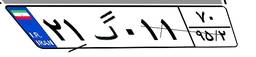
۲۱گ۰۱۱۷۰